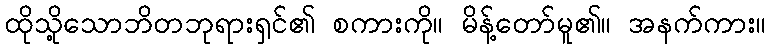
ထိုသို့သောဘိတဘုရားရှင်၏ စကားကို။ မိန့်တော်မူ၏။ အနက်ကား။